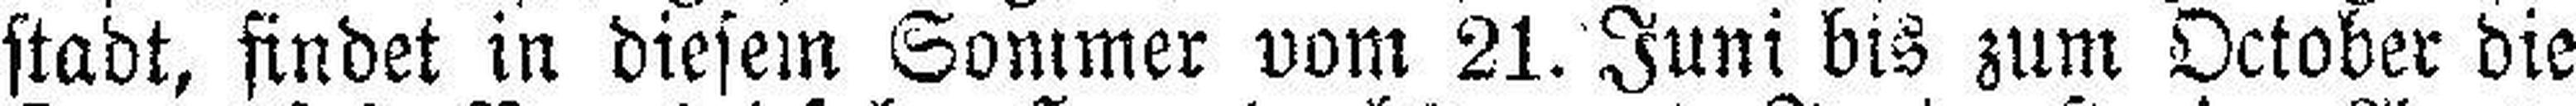
stadt, findet in diesem Sommer vom 21. Juni bis zum October die